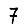
Digit: 7